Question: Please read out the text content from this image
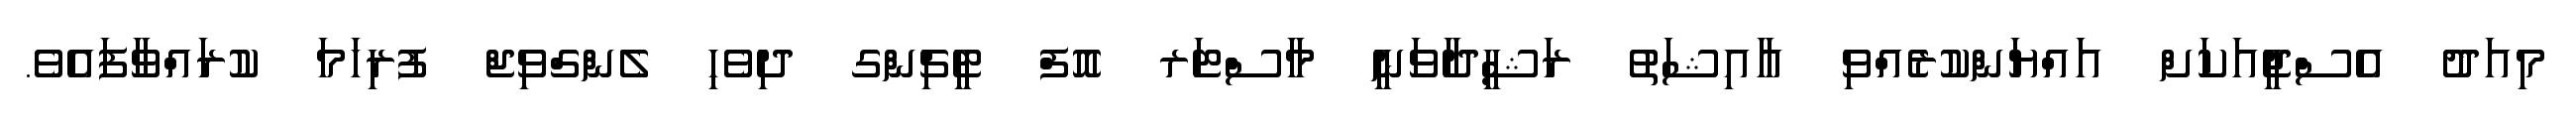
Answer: މިއަދު އެސްޖީއަކަށް އައްޔަންކުރެއްވި ޢާއިޝަތު ރަޝީދާވަނީ މާސްޓަރ އޮފް ޓީޗިންގ ދިވެހި ލެންގްވިޖް ފުރިހަމަ ކުރައްވާފައެވެ.